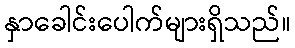
နှာခေါင်းပေါက်များရှိသည်။